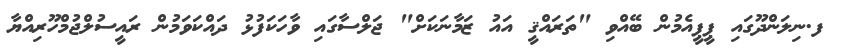
ފ.ނިލަންދޫގައި ޕީޕީއެމުން ބޭއްވި "ތަރައްޤީ އައު ޒަމާނަކަށް" ޖަލްސާގައި ވާހަކަފުޅު ދައްކަވަމުން ރައީސުލްޖުމްހޫރިއްޔާ